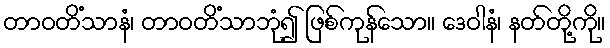
တာဝတိံသာနံ၊ တာဝတိံသာဘုံ၍ ဖြစ်ကုန်သော။ ဒေဝါနံ၊ နတ်တို့ကို။